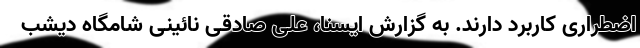
اضطراری کاربرد دارند. به گزارش ایسنا، علی صادقی نائینی شامگاه دیشب